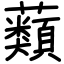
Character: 蘱